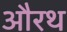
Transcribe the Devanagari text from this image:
औरथ